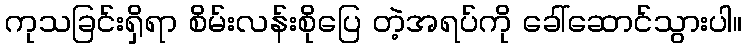
ကုသခြင်းရှိရာ စိမ်းလန်းစိုပြေ တဲ့အရပ်ကို ခေါ်ဆောင်သွားပါ။